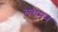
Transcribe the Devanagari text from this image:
लघमन